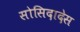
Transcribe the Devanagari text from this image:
सोसिदादेस